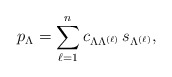
\begin{align*}p_\Lambda = \sum_{\ell=1}^{n} c_{\Lambda\Lambda^{(\ell)}}\,s_{\Lambda^{(\ell)}},\end{align*}